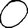
Digit: 0